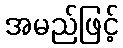
အမည်ဖြင့်